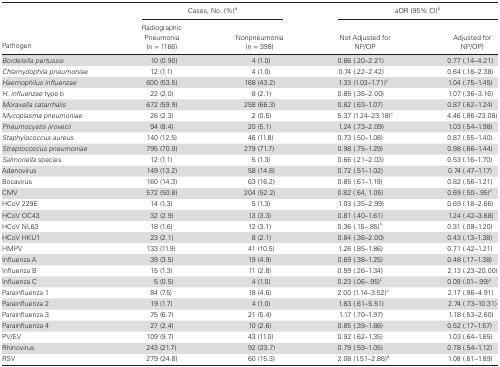
<table><thead><tr><td rowspan="2"><b>Pathogen</b></td><td colspan="2"><b>Cases, No. (%)<sup>a</sup></b></td><td colspan="2"><b>aOR (95% CI)<sup>b</sup></b></td></tr><tr><td><b>Radiographic Pneumonia (n = 1166)</b></td><td><b>Nonpneumonia (n = 398)</b></td><td><b>Not Adjusted for NP/OP</b></td><td><b>Adjusted for NP/OP)</b></td></tr></thead><tbody><tr><td><i>Bordetella pertussis</i></td><td>10 (0.90)</td><td>4 (1.0)</td><td>0.66 (.20–2.21)</td><td>0.77 (.14–4.21)</td></tr><tr><td><i>Chlamydophila pneumoniae</i></td><td>12 (1.1)</td><td>4 (1.0)</td><td>0.74 (.22–2.42)</td><td>0.64 (.18–2.38)</td></tr><tr><td><i>Haemophilus influenzae</i></td><td>600 (53.5)</td><td>168 (43.2)</td><td>1.33 (1.03–1.71)<sup>c</sup></td><td>1.04 (.75–1.45)</td></tr><tr><td><i>H. influenzae</i> type b</td><td>22 (2.0)</td><td>8 (2.1)</td><td>0.85 (.36–2.00)</td><td>1.07 (.36–3.16)</td></tr><tr><td><i>Moraxella catarrhalis</i></td><td>672 (59.9)</td><td>258 (66.3)</td><td>0.82 (.63–1.07)</td><td>0.87 (.62–1.24)</td></tr><tr><td><i>Mycoplasma pneumoniae</i></td><td>26 (2.3)</td><td>2 (0.5)</td><td>5.37 (1.24–23.18)<sup>c</sup></td><td>4.46 (.86–23.08)</td></tr><tr><td><i>Pneumocystis jirovecii</i></td><td>94 (8.4)</td><td>20 (5.1)</td><td>1.24 (.73–2.09)</td><td>1.03 (.54–1.98)</td></tr><tr><td><i>Staphylococcus aureus</i></td><td>140 (12.5)</td><td>46 (11.8)</td><td>0.73 (.50–1.08)</td><td>0.87 (.55–1.40)</td></tr><tr><td><i>Streptococcus pneumoniae</i></td><td>795 (70.9)</td><td>279 (71.7)</td><td>0.98 (.75–1.29)</td><td>0.98 (.66–1.44)</td></tr><tr><td><i>Salmonella</i> species</td><td>12 (1.1)</td><td>5 (1.3)</td><td>0.66 (.21–2.03)</td><td>0.53 (.16–1.70)</td></tr><tr><td>Adenovirus</td><td>149 (13.2)</td><td>58 (14.8)</td><td>0.72 (.51–1.02)</td><td>0.74 (.47–1.17)</td></tr><tr><td>Bocavirus</td><td>160 (14.3)</td><td>63 (16.2)</td><td>0.85 (.61–1.19)</td><td>0.82 (.56–1.21)</td></tr><tr><td>CMV</td><td>572 (50.8)</td><td>204 (52.2)</td><td>0.82 (.64, 1.05)</td><td>0.69 (.50–.95)<sup>c</sup></td></tr><tr><td>HCoV 229E</td><td>14 (1.3)</td><td>5 (1.3)</td><td>1.03 (.35–2.99)</td><td>0.69 (.18–2.66)</td></tr><tr><td>HCoV OC43</td><td>32 (2.9)</td><td>13 (3.3)</td><td>0.81 (.40–1.61)</td><td>1.24 (.42–3.68)</td></tr><tr><td>HCoV NL63</td><td>18 (1.6)</td><td>12 (3.1)</td><td>0.36 (.15–.85)<sup>c</sup></td><td>0.31 (.08–1.20)</td></tr><tr><td>HCoV HKU1</td><td>23 (2.1)</td><td>8 (2.1)</td><td>0.84 (.36–2.00)</td><td>0.43 (.13–1.38)</td></tr><tr><td>HMPV</td><td>133 (11.9)</td><td>41 (10.5)</td><td>1.26 (.85–1.86)</td><td>0.71 (.42–1.21)</td></tr><tr><td>Influenza A</td><td>39 (3.5)</td><td>19 (4.9)</td><td>0.69 (.38–1.25)</td><td>0.48 (.17–1.38)</td></tr><tr><td>Influenza B</td><td>15 (1.3)</td><td>11 (2.8)</td><td>0.59 (.26–1.34)</td><td>2.13 (.23–20.00)</td></tr><tr><td>Influenza C</td><td>5 (0.5)</td><td>4 (1.0)</td><td>0.23 (.06–.95)<sup>c</sup></td><td>0.09 (.01–.99)<sup>c</sup></td></tr><tr><td>Parainfluenza 1</td><td>84 (7.5)</td><td>18 (4.6)</td><td>2.00 (1.14–3.52)<sup>c</sup></td><td>2.17 (.96–4.91)</td></tr><tr><td>Parainfluenza 2</td><td>19 (1.7)</td><td>4 (1.0)</td><td>1.83 (.61–5.51)</td><td>2.74 (.73–10.31)</td></tr><tr><td>Parainfluenza 3</td><td>75 (6.7)</td><td>21 (5.4)</td><td>1.17 (.70–1.97)</td><td>1.18 (.53–2.60)</td></tr><tr><td>Parainfluenza 4</td><td>27 (2.4)</td><td>10 (2.6)</td><td>0.85 (.39–1.86)</td><td>0.52 (.17–1.57)</td></tr><tr><td>PV/EV</td><td>109 (9.7)</td><td>43 (11.0)</td><td>0.92 (.62–1.35)</td><td>1.03 (.64–1.65)</td></tr><tr><td>Rhinovirus</td><td>243 (21.7)</td><td>92 (23.7)</td><td>0.79 (.59–1.05)</td><td>0.78 (.54–1.12)</td></tr><tr><td>RSV</td><td>279 (24.8)</td><td>60 (15.3)</td><td>2.08 (1.51–2.86)<sup>d</sup></td><td>1.08 (.61–1.89)</td></tr></tbody></table>